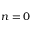
n = 0